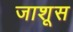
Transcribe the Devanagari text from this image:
जाशूस